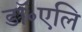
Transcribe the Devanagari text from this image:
डॉ॰एलि